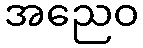
အညေဝ